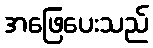
အဖြေပေးသည်